Annual statistical returns and brief notes on vaccination in Bengal - 1887-1898
Year: 1887
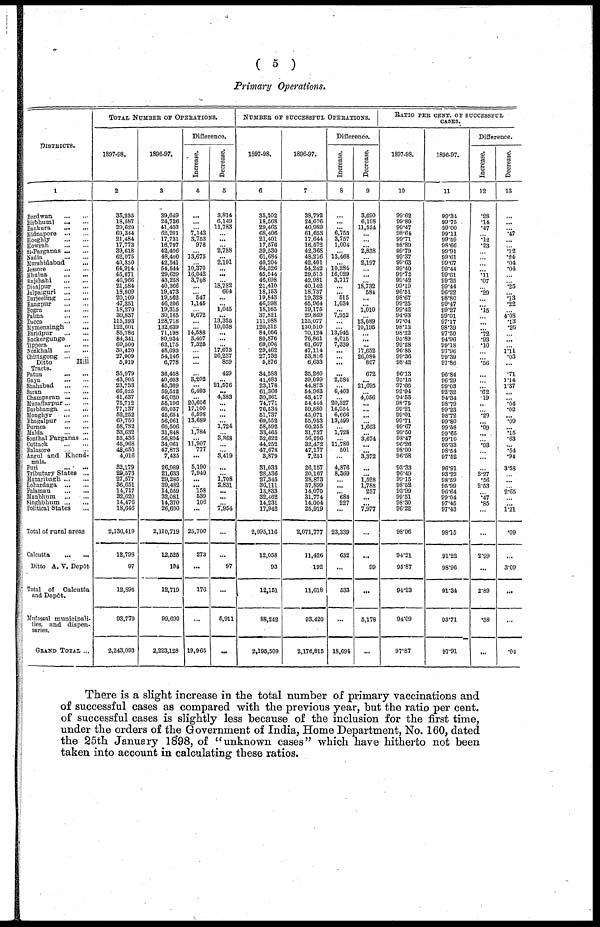
( 5 )
Primary Operations,
DISTRICTS.
1
Burdwan
...
...
Birbhumi
...
...
Bankura
...
...
Midnapore
...
...
Hooghly
...
...
Howrah
...
...
44-Parganas ... ...
Madia
...
...
Murshidabad ...
Jessore
...
...
Khulna.
...
...
Rajshahi
...
...
Dinajpur
...
...
Jalpaiguri
...
...
Darjeeling ...
...
Rangpur
...
...
Bogra ... ...
Pabna ... ...
Dacca
...
...
Mymensingn ...
Faridpur
...
...
Backergunge ...
Tippera
...
...
Noakhali
...
...
Chittagong ...
...
Ditto
Hill
Tracts.
Patna ... ...
Gaya
...
...
Shahabad
...
...
Saran
...
...
Champaran
...
...
Muzaffarpur ... ...
Darbhanga
...
...
Monghyr
...
...
Bhagalpur
...
...
Purnea
...
...
Malda
...
...
Sonthal Parganas ...
Cuttack
...
...
Balasore
... ...
Angul and Khond-
mals.
Puri
...
...
Tributary States ...
Hazaribagh
...
...
Lohardaga
...
...
Palamau ... ...
Manbhum
...
...
Singbhum
...
...
Political States ...
Total of rural areas
Calcutta
...
...
Ditto A. V. Depôt
Total of
Calcutta
and Depôt.
Mufassal municipali-
ties, and dispen-
saries.
GRAND TOTAL ...
TOTAL NUMBER OF OPERATIONS.
1897-98.
2
35,235
18,587
29,620
69,344
21,484
17,773
39,618
62,075
40,350
64,914
45,671
46,966
21,584
18,809
20,109
47,351
18,270
39,837
115,393
122,601
85,786
84,341
69,500
30,420
27,909
5,919
35,979
43,805
23,733
66,025
41,637
75,712
77,137
52,252
69,750
58,782
33,632
53,436
45,968
48,650
4,016
32,179
29,573
27,577
36,651
14,717
32,620
14,476
18,646
2,136,419
12,798
97
12,895
93,779
2,243,093
1896-97.
3
39,049
24,736
41,403
62,201
17,731
16,797
42,406
48,400
42,541
54,544
29,629
43,258
40,366
19,473
19,562
46,206
19,315
30,165
128,718
132,639
71,198
80,934
62,175
48,093
54,146
6,778
36,408
40,603
46,309
59,532
46,020
55,106
60,037
45,654
56,061
60,506
31,848
56,804
34,061
47,873
7,435
26,989
21,633
29,286
39,482
14,559
32,081
14,370
26,600
2,110,719
12,525
194
12,719
99,690
2,223,128
Difference.
Increase.
4
...
...
...
7,143
3,753
976
...
13,675
...
10,370
16,042
3,708
...
... 547
1,145
...
9,672
...
...
14,588
3,407
7,325
...
...
...
...
3,202
...
6,493
...
20,606
17,100
6,598
13,689
...
1,784
...
11,907
777
...
5,190
7,940
...
... 158
639
106
...
25,700
273
...
176
...
19,965
Decrease.
5
3,814
6,149
11,783
...
...
...
2,788
...
2,191
...
...
...
18,782
664
...
...
1,045
...
13,325
10,038
...
...
...
17,673
26,237
859
429
...
21,576
...
4,383
...
...
...
...
1,724
...
3,368
...
...
3,419
...
...
1,708
2,831
...
...
...
7,964
...
...
97
...
5,911
...
NUMBER OF SUCCESSFUL OPERATIONS.
1897-98.
6
35,102
18,568
29,465
68,406
21,401
17,576
39,530
61,684
40,204
64,526
45,544
46,698
21,410
18,153
19,843
46,998
18,165
37,821
111,988
120,315
84,066
80,876
69,006
29,462
27,732
5,876
34,588
41,683
23,178
61,366
39,361
74,771
76,634
51,737
69,552
58,592
33,465
52,622
44,252
47,678
3,879
31,033
28,536
27,345
36,111
13,833
32,462
14,231
17,942
2,095,116
12,058
93
12,151
88,242
2,195,509
1896-97.
7
38,792
24,676
40,989
61,653
17,644
16,572
42,368
48,216
42,401
54,242
29,615
42,981
40,142
18,737
19,328
45,964
19,175
29,869
125,077
130,510
70,124
76,861
61,607
47,114
53,816
6,633
35,260
39,099
44,873
54,963
43,417
54,444
59,680
45,071
55,953
60,255
31,737
56,296
32,472
47,177
7,251
26,157
20,167
28,873
37,899
14,070
31,774
14,004
25,919
2,071,777
11,426
192
11,618
93,420
2,176,815
Difference.
Increase.
8
...
...
...
6,753
3,757
1,004
...
13,468
...
10,284
16,029
3,717
...
... 515
1,034
...
7,952
...
...
13,942
4,015
7,339
...
...
...
...
2,584
...
6,403
...
20,327
16,954
6,666
13,599
...
1,728
...
11,780
501
...
4,876
8,369
...
...
... 688
227
...
23,339
632
...
533
...
18,694
Decrease.
9
3,690
6,108
11,524
...
...
...
2,838
...
2,197
...
...
...
18,732
584
...
...
1,010
...
13,089
10,195
...
... ...
17,652
26,084
807
672
...
21,695
...
4,056
...
...
...
...
1,663
...
3,674
...
...
3,372
...
...
1,528
1,788
237
...
...
7,977
...
...
99
...
5,178
...
RATIO PER CENT. OF SUCCESSFUL
CASES.
1897-98.
10
99.62
99.89
99.47
98.64
99.71
98.89
99.79
99.37
99.63
99.40
99.72
99.42
99.19
96.51
98.67
99.25
99.42
94.93
97.04
98.13
98.22
95.89
99.28
96.85
99.36
98.42
96.13
95.15
97.66
92.94
94.53
98.75
99.21
99.01
99.71
99.67
99.50
98.47
96.26
98.00
96.58
93.33
96.49
99.15
98.52
93.99
99.51
98.30
96.22
98.06
94.21
95.87
94.23
94.09
97.87
1896-97.
11
99.34
99.75
99.00
99.11
99.59
98.66
99.91
99.61
99.67
99.44
99.61
99.35
99.44
96.22
98.80
99.47
99.27
99.01
97.17
98.39
97.50
94.96
99.18
97.96
99.39
97.86
96.84
96.29
99.03
92.32
94.34
98.79
99.23
98.72
99.80
99.58
99.65
99.10
95.33
98.54
97.52
96.91
93.22
98.69
95.99
96.64
99.04
97.45
97.43
98.15
91.22
98.96
91.34
93.71
97.91
Difference.
Increase.
12
.28
.14
.47
.12
.23
...
...
...
...
.11
.07
...
.29
...
...
.15
...
...
...
.72
.93
.10
...
...
.56
...
...
... .62
.19
...
...
.29
... .09
...
...
.93
...
...
...
3.27
.56
2.53
...
.47
.85
...
...
2.99
...
2.89
.38
...
Decrease.
13
...
...
...
.47
...
...
.12
.24
.04
.04
...
...
.25
... .13
.22
...
4.08
.13
.26
...
...
1.11
.03
...
.71
1.14
1.37
...
...
.04
.02
... .09
... .15
.63
...
.54
.94
3.53
...
...
...
2.65
...
...
1.21
.09
...
3.09
...
...
.04
There is a slight increase in the total number of primary vaccinations and
of successful cases as compared with the previous year, but the ratio per cent.
of successful cases is slightly less because of the inclusion for the first time,
under the orders of the Government of India, Home Department, No. 160, dated
the 25th January 1898, of "unknown cases" which have hitherto not been
taken into account in calculating these ratios.